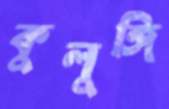
কুলুঙ্গি